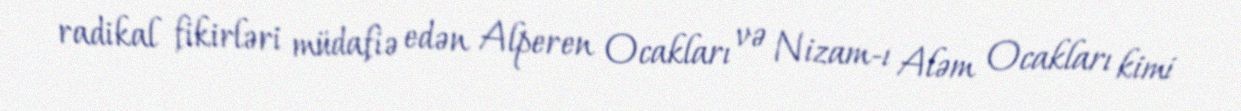
radikal fikirləri müdafiə edən Alperen Ocakları və Nizam-ı Aləm Ocakları kimi